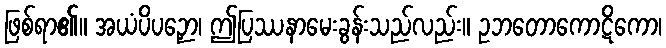
ဖြစ်ရာ၏။ အယံပိပဉှော၊ ဤပြဿနာမေးခွန်းသည်လည်း။ ဥဘတောကောဋိကော၊